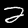
Digit: 2